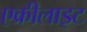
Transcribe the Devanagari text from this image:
एक्रीलाइट